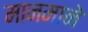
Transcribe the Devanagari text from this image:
मानमाने